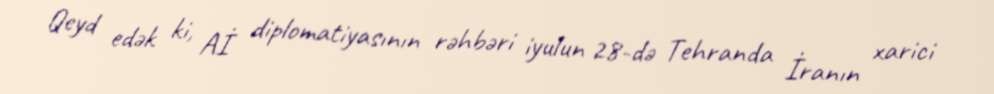
Qeyd edək ki, Aİ diplomatiyasının rəhbəri iyulun 28-də Tehranda İranın xarici